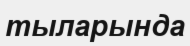
тыларында